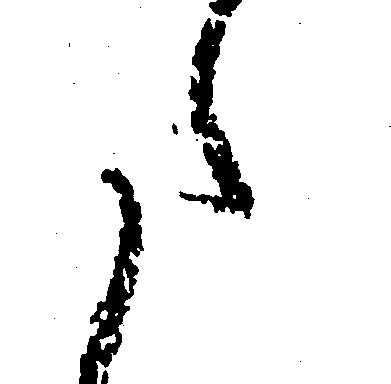
た